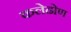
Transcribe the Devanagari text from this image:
कलेढोण